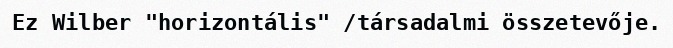
Ez Wilber "horizontális" /társadalmi összetevője.